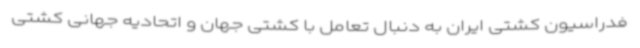
فدراسیون کشتی ایران به دنبال تعامل با کشتی جهان و اتحادیه جهانی کشتی